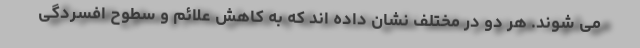
می شوند. هر دو در مختلف نشان داده اند که به کاهش علائم و سطوح افسردگی